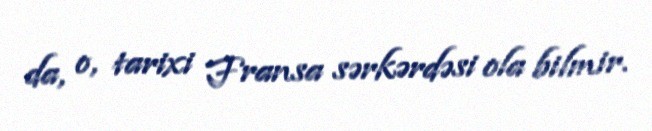
da, o, tarixi Fransa sərkərdəsi ola bilmir.